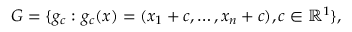
G = \{ g _ { c } : g _ { c } ( x ) = ( x _ { 1 } + c , \dots , x _ { n } + c ) , c \in \mathbb { R } ^ { 1 } \} ,